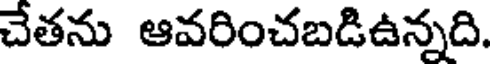
చేతను ఆవరించబడిఉన్నది.